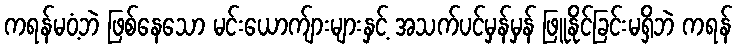
ကရန်မဝံ့ဘဲ ဖြစ်နေသော မင်းယောက်ျားများနှင့် အသက်ပင်မှန်မှန် ဖြူနိုင်ခြင်းမရှိဘဲ ကရန်